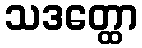
သဒတ္ထော